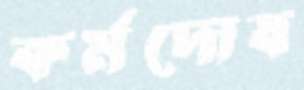
কর্মদোষ